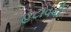
હટાવવી